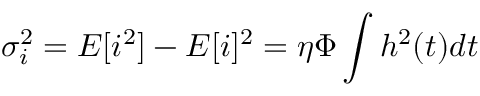
\sigma _ { i } ^ { 2 } = E [ i ^ { 2 } ] - E [ i ] ^ { 2 } = \eta \Phi \int h ^ { 2 } ( t ) d t